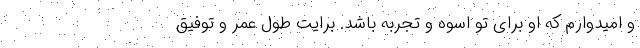
و امیدوارم که او برای تو اسوه و تجربه باشد. برایت طول عمر و توفیق